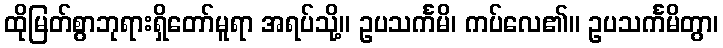
ထိုမြတ်စွာဘုရားရှိတော်မူရာ အရပ်သို့။ ဥပသင်္ကမိ၊ ကပ်လေ၏။ ဥပသင်္ကမိတွာ၊